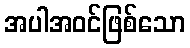
အပါအဝင်ဖြစ်သော